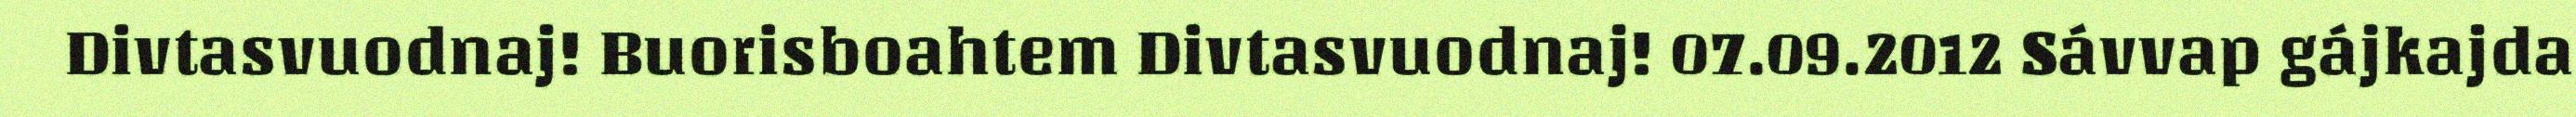
Divtasvuodnaj! Buorisboahtem Divtasvuodnaj! 07.09.2012 Sávvap gájkajda